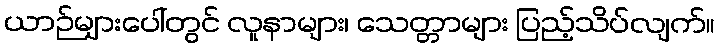
ယာဉ်များပေါ်တွင် လူနာများ၊ သေတ္တာများ ပြည့်သိပ်လျက်။